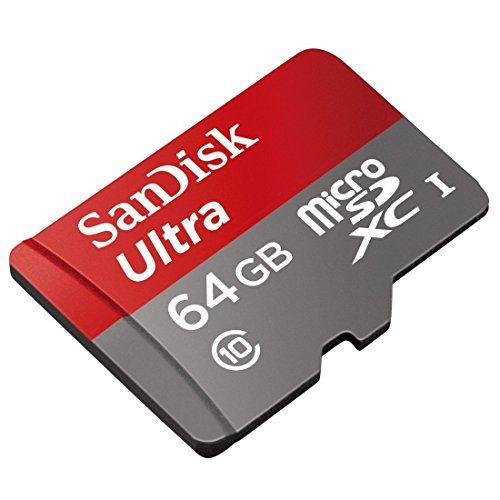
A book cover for El Papa Francisco y el nuevo Vaticano (Spanish Edition); Robert Draper; Travel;